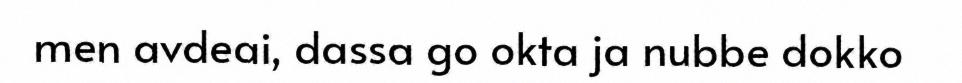
men avdeai, dassa go okta ja nubbe dokko